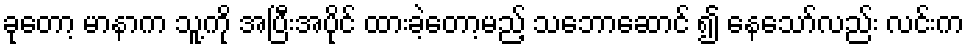
ခုတော့ မာနာက သူ့ကို အပြီးအပိုင် ထားခဲ့တော့မည့် သဘောဆောင် ၍ နေသော်လည်း လင်းက